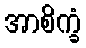
အာစိက္ခံ